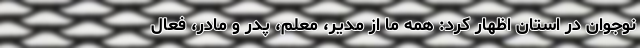
نوجوان در استان اظهار کرد: همه ما از مدیر، معلم، پدر و مادر، فعال